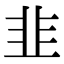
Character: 韭